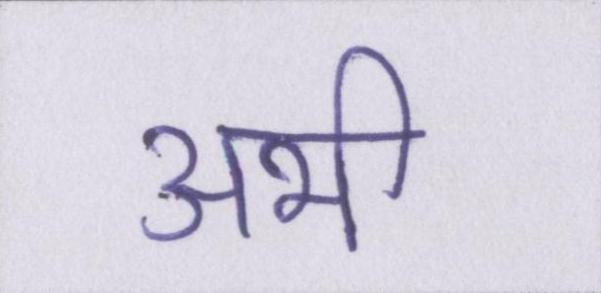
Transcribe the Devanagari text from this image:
अभी